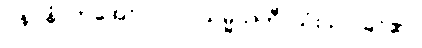
ပုနပ္ပနံ၊ တအော်လဲလဲ။ သမ္မသတီ၊ သုံးသပ်ခြင်၏။